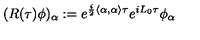
( R ( \tau ) \phi ) _ { \alpha } : = e ^ { \frac { i } { 2 } \left\langle \alpha , \alpha \right\rangle \tau } e ^ { i L _ { 0 } \tau } \phi _ { \alpha }